Annual report on the Civil Veterinary Department, Burma (including the Insein Veterinary School) - 1910-1922
Year: 1910
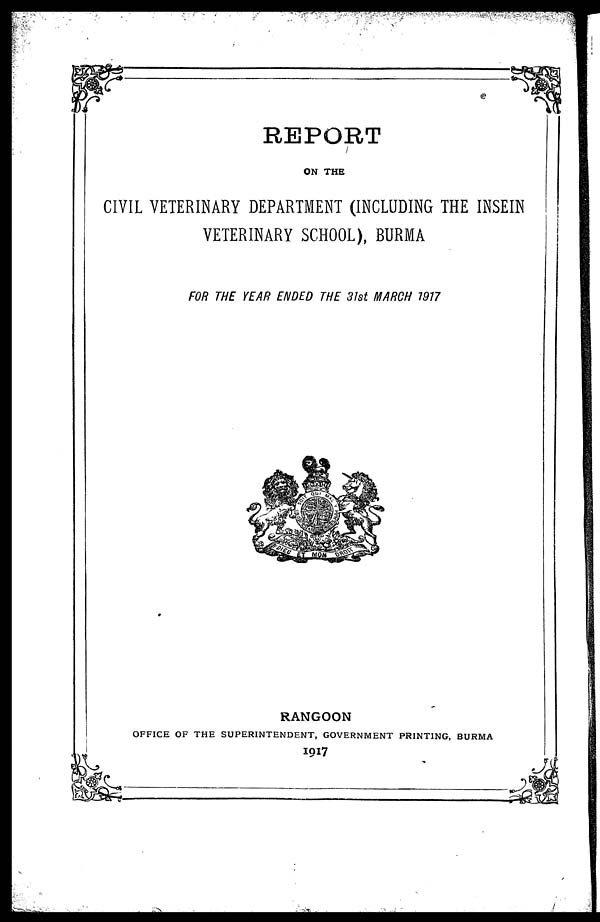
REPORT
ON THE
CIVIL VETERINARY DEPARTMENT (INCLUDING THE INSEIN
VETERINARY SCHOOL), BURMA
FOR THE YEAR ENDED THE 31st MARCH 1977
RANGOON
OFFICE OF THE SUPERINTENDENT, GOVERNMENT PRINTING, BURMA
1917